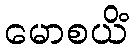
မောစယိံ